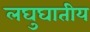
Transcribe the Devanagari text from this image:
लघुघातीय